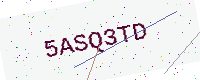
Text: 5ASQ3TD